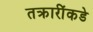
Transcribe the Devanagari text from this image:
तक्रारींकडे